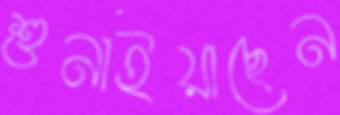
শুনাইয়াছেন